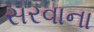
સરવાના